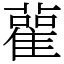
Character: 雚